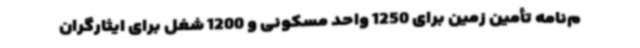
م‌نامه تأمین زمین برای 1250 واحد مسکونی و 1200 شغل برای ایثارگران